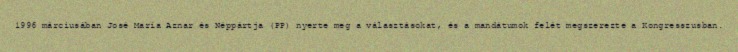
1996 márciusában José María Aznar és Néppártja (PP) nyerte meg a választásokat, és a mandátumok felét megszerezte a Kongresszusban.